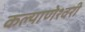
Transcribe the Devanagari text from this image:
कल्याणेश्वरी